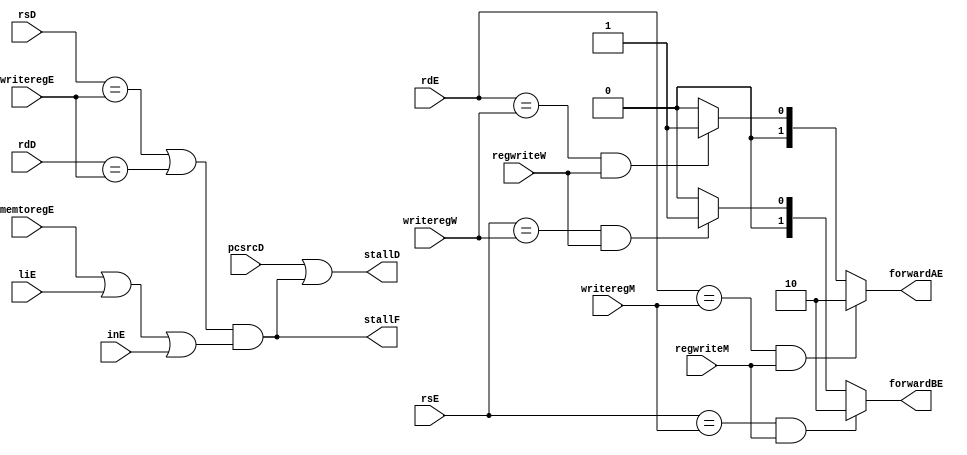
module hazard(	
					input [2:0] rsD, rdD,
					input [2:0] rsE, rdE,writeregE,writeregM,writeregW,
					input pcsrcD,regwriteM,regwriteW,memtoregE,liE,inE,
					output reg [1:0]forwardAE, forwardBE,
					output stallF,
					output stallD
);
		
		wire lwstall, branchstall;
		

		always @(*) begin
		//rs
		if((rsE == writeregM) & regwriteM)
			forwardBE = 2'b10;
			else if ((rsE == writeregW) & regwriteW)//ldhazard
				forwardBE = 2'b01;
				else
				forwardBE = 2'b00;
		
		//rd
		if((rdE == writeregM) & regwriteM)
			forwardAE = 2'b10;
			else if ((rdE == writeregW) & regwriteW)//ldhazard
				forwardAE = 2'b01;
				else
				forwardAE = 2'b00;
				
		end
		
		
		assign lwstall = ((rsD==writeregE)|(rdD==writeregE)) & (memtoregE | liE | inE);
		
		assign branchstall = pcsrcD;
		assign stallF = lwstall;
		assign stallD = pcsrcD | lwstall;
		
		
	endmodule